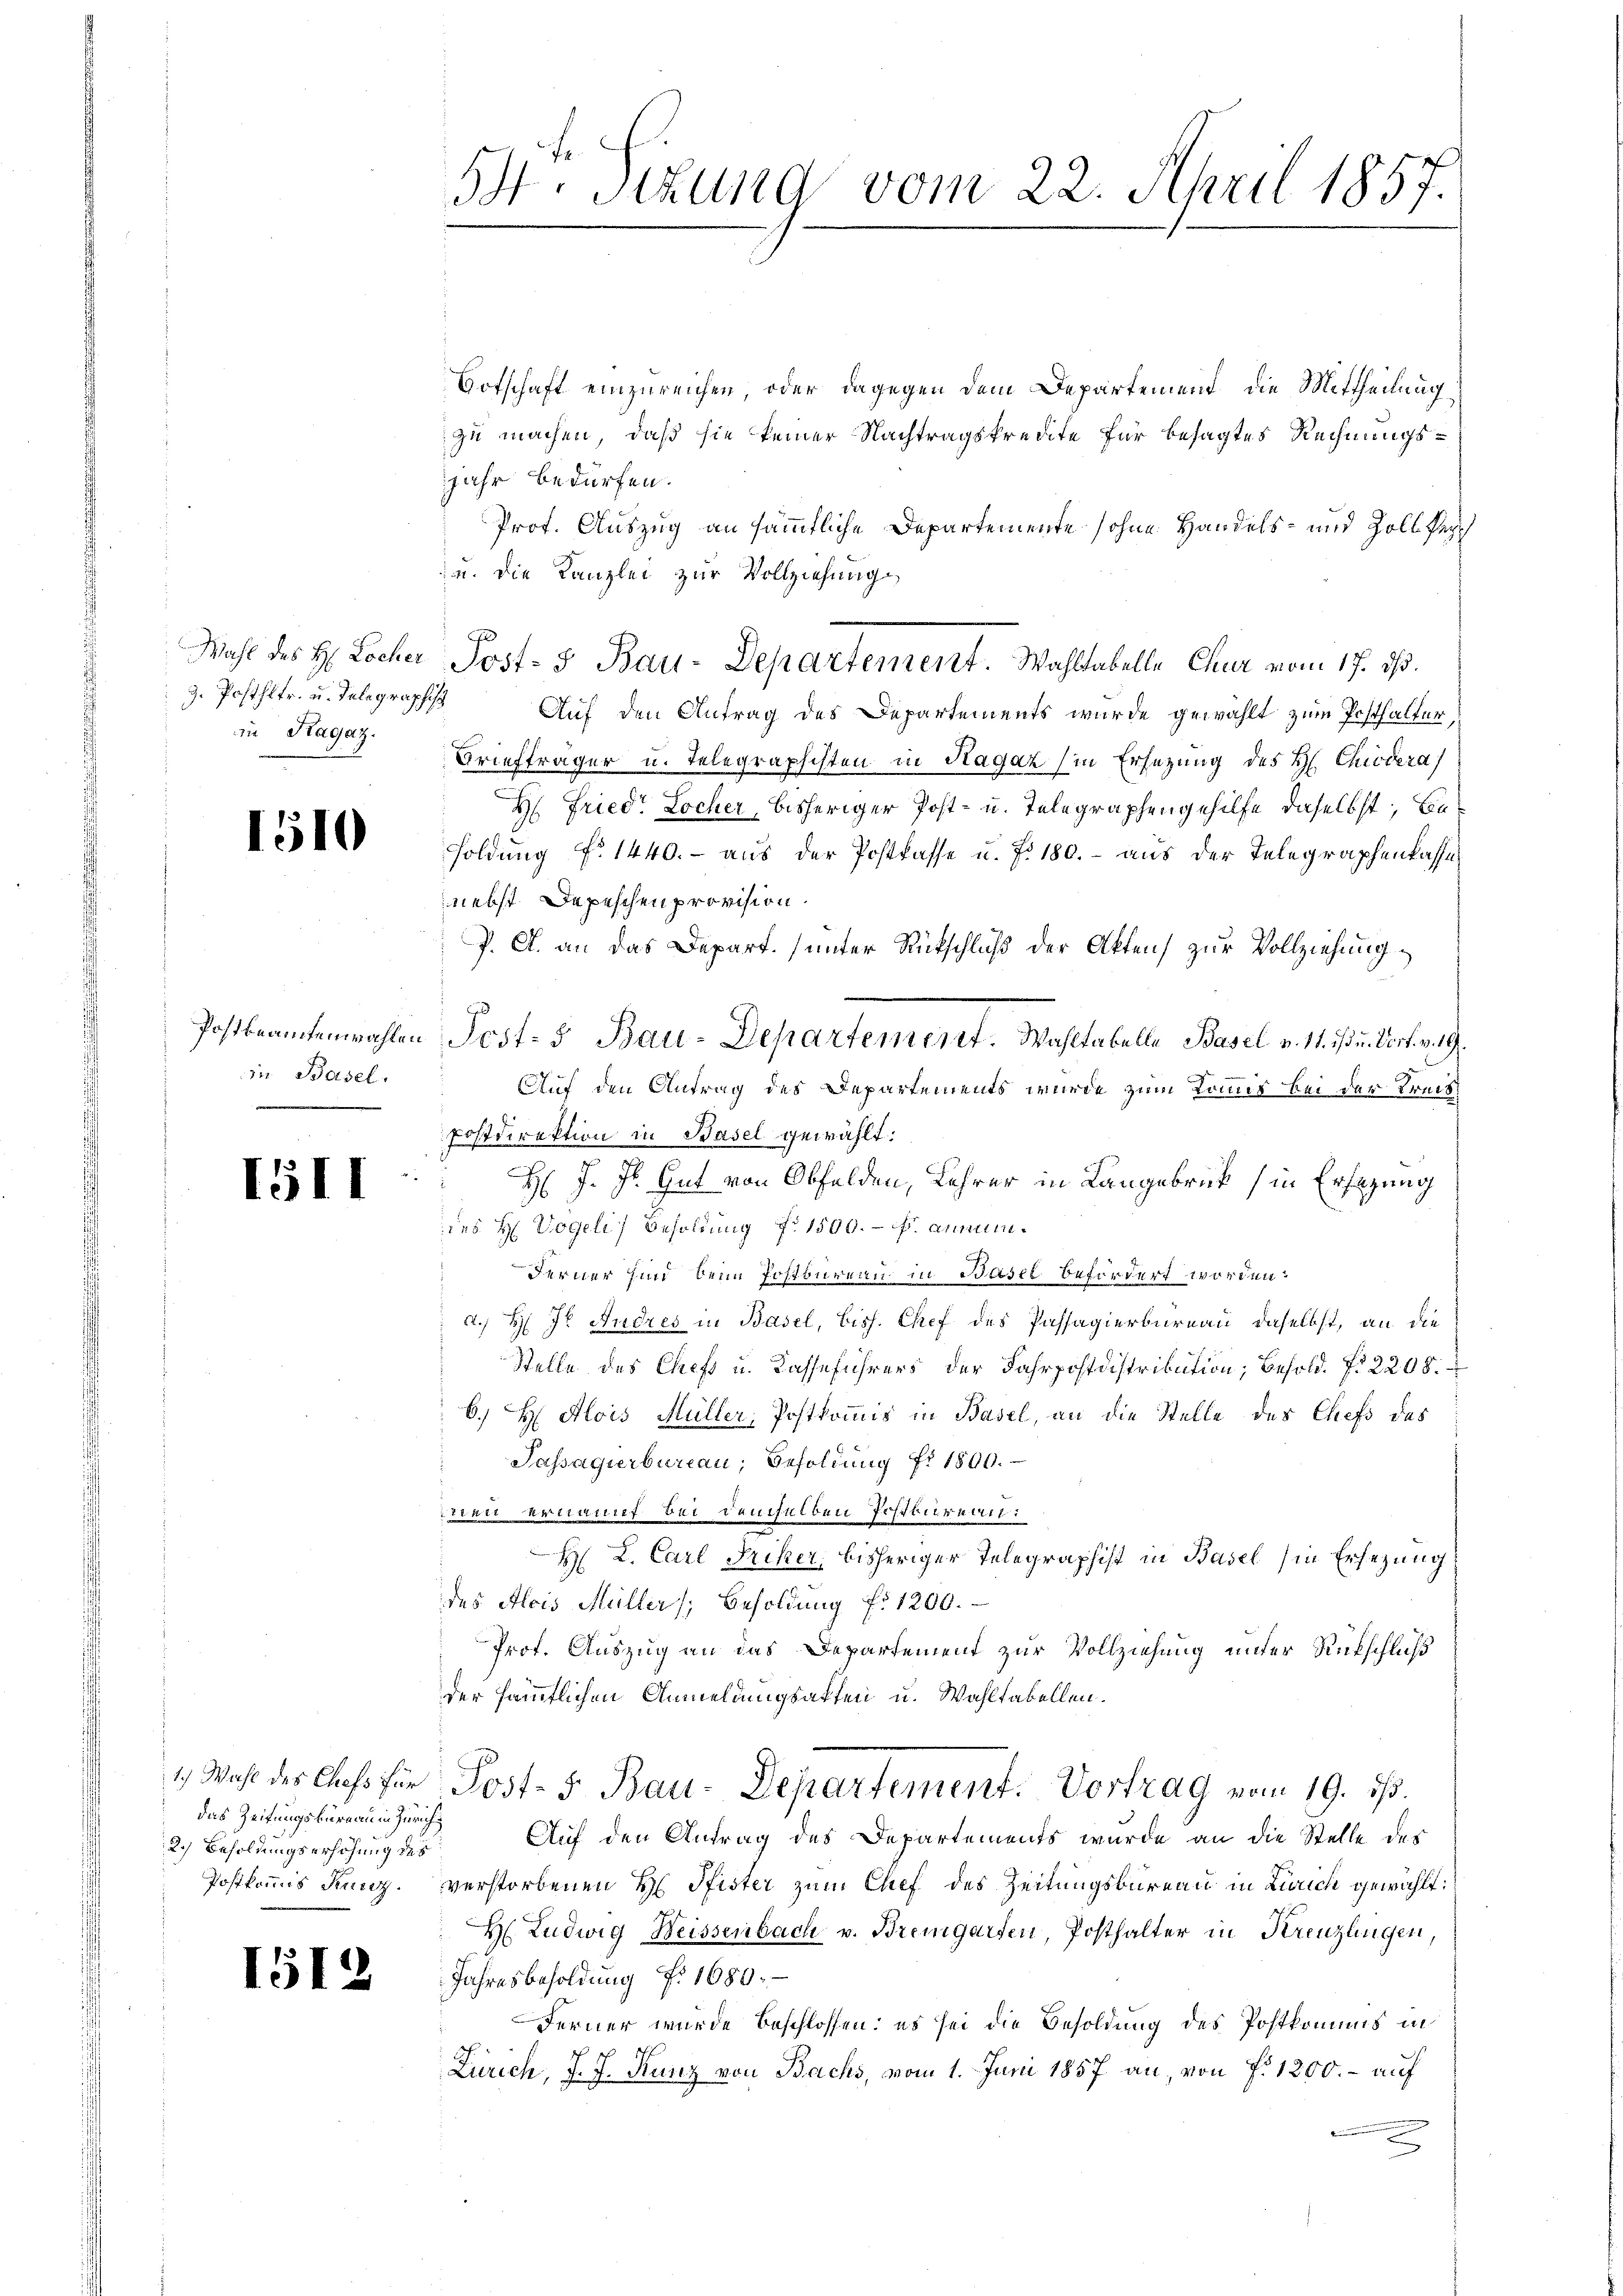
9. Postfltr. u. Telegraphisch
in Ragaz.

1510

in Basel.

1511

Botschaft einzureichen, oder dagegen dem Departement die Mittheilung
zu machen, daß sie keiner Nachtragskredite für besagtes Rechnungsjahr bedürfen.
Prof. Auszug an sämmtliche Departemente sohne Handels- und Zoll Pech
zu. Die Kanzlei zur Vollziehung
l
Wahl des H. Locher Jost- & Bau-Departement. Wahltabelle Chur vom 17. ds.
Auf den Antrag des Departements wurde gewählt zum Posthalter,
Briefträger u. Telegraphisten in Sagaz (in Ersetzung des H. Chiedera
H. Fried. Locher, bisheriger Post- u. Telegraphengehilfe daselbst, besoldung f. 1440.- aus der Postkasse u. f. 180. - aus der Telegraphenkasse
nebst Depeschen provision.
P. A. an das Depart (unter Rückschluß der Akten zur Vollziehung
Auf den Antrag des Departements wurde zum Kommis bei der Kreis¬
Postdirektion in Basel gewählt:
H J. J. Gut von Obfelden, Lehrer in Langebruck (in Ersezung
des H. Vogeli, Besoldung Nr 1500. - Fr. annum¬
Ferner sind, dein Postburern in Basel befördert worden.
d. H. Js. Andres in Basel, biss. Chef des Passagierbureau daselbst, an die
Stelle des Chefs u. Kasseführers der Fahrpostdistribution; Besold. fr. 2208.
6.) H Alois Müller, Postkommis in Basel, an die Stelle des Chefs des
Passagierbureau, Besoldung fi 1800.
wenn ernannt bei demselben Postkuraten:
H L. Carl Friker, bisheriger Telegraphist in Basel (in Ersezung
des Alois Müller Besoldung f. 1200.
Prof. Auszug an das Departement zur Vollziehung unter Rückschluß
der sämmtlichen Anmeldungsakten u. Wahltabellen.
1) Wahl des Chefs für Post- 5. Bau-Departement. Vortrag vom 19. ds.
Auf den Antrag des Departements wurde an die Stelle des
Postkommis Kunz verstorbenen H. Pfister zum Chef des Zeitungsbureau in Zürich gewählt:
H Ludwig Weissenbach v. Bremgarten, Posthalter in Kreuzlingen,
Jahresbesoldung f. 1680.
Ferner wurde beschlossen; es sei die Besoldung des Postkommis in
Zürich, J. J. Kunz von Bachs, vom 1. Juni 1857 an, von f. 1800. - auf
2

das Zeitungsbüreau in Zürich
2.) Besoldungserhöhung des

1512

54. Sizung vom 22. April 1857.

Postbeamtenwahlen Post- & Bau-Departemeret. Wahltabelle Basel v. 11. ist u. Dorf. v. 9.